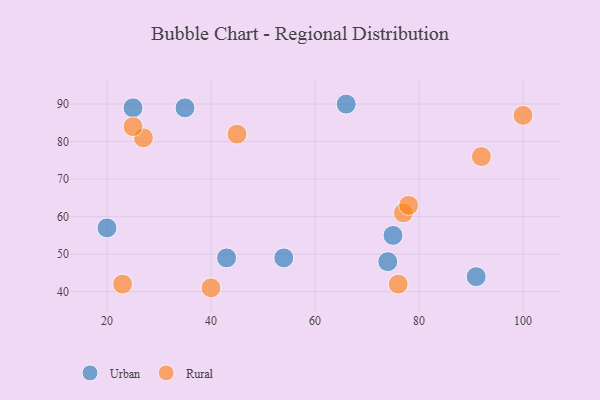
{"axis": {"x": "GDP", "y": "Life Expectancy"}, "legend": ["Rural", "Urban"], "data": [{"x": "91", "y": 44, "type": "Urban"}, {"x": "74", "y": 48, "type": "Urban"}, {"x": "20", "y": 57, "type": "Urban"}, {"x": "75", "y": 55, "type": "Urban"}, {"x": "35", "y": 89, "type": "Urban"}, {"x": "43", "y": 49, "type": "Urban"}, {"x": "66", "y": 90, "type": "Urban"}, {"x": "54", "y": 49, "type": "Urban"}, {"x": "25", "y": 89, "type": "Urban"}, {"x": "23", "y": 42, "type": "Rural"}, {"x": "76", "y": 42, "type": "Rural"}, {"x": "40", "y": 41, "type": "Rural"}, {"x": "27", "y": 81, "type": "Rural"}, {"x": "77", "y": 61, "type": "Rural"}, {"x": "25", "y": 84, "type": "Rural"}, {"x": "100", "y": 87, "type": "Rural"}, {"x": "78", "y": 63, "type": "Rural"}, {"x": "92", "y": 76, "type": "Rural"}, {"x": "45", "y": 82, "type": "Rural"}]}